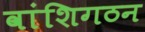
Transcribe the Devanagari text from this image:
वांशिगठन